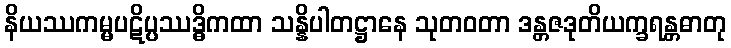
နိယဿကမ္မပဋိပ္ပဿဒ္ဓိကထာ သန္နိပါတဋ္ဌာနေ သုတဝတာ ဒန္တဇဒုတိယက္ခရန္တဓာတု